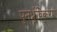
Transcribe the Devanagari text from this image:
पुनर्ध्रुविकरण